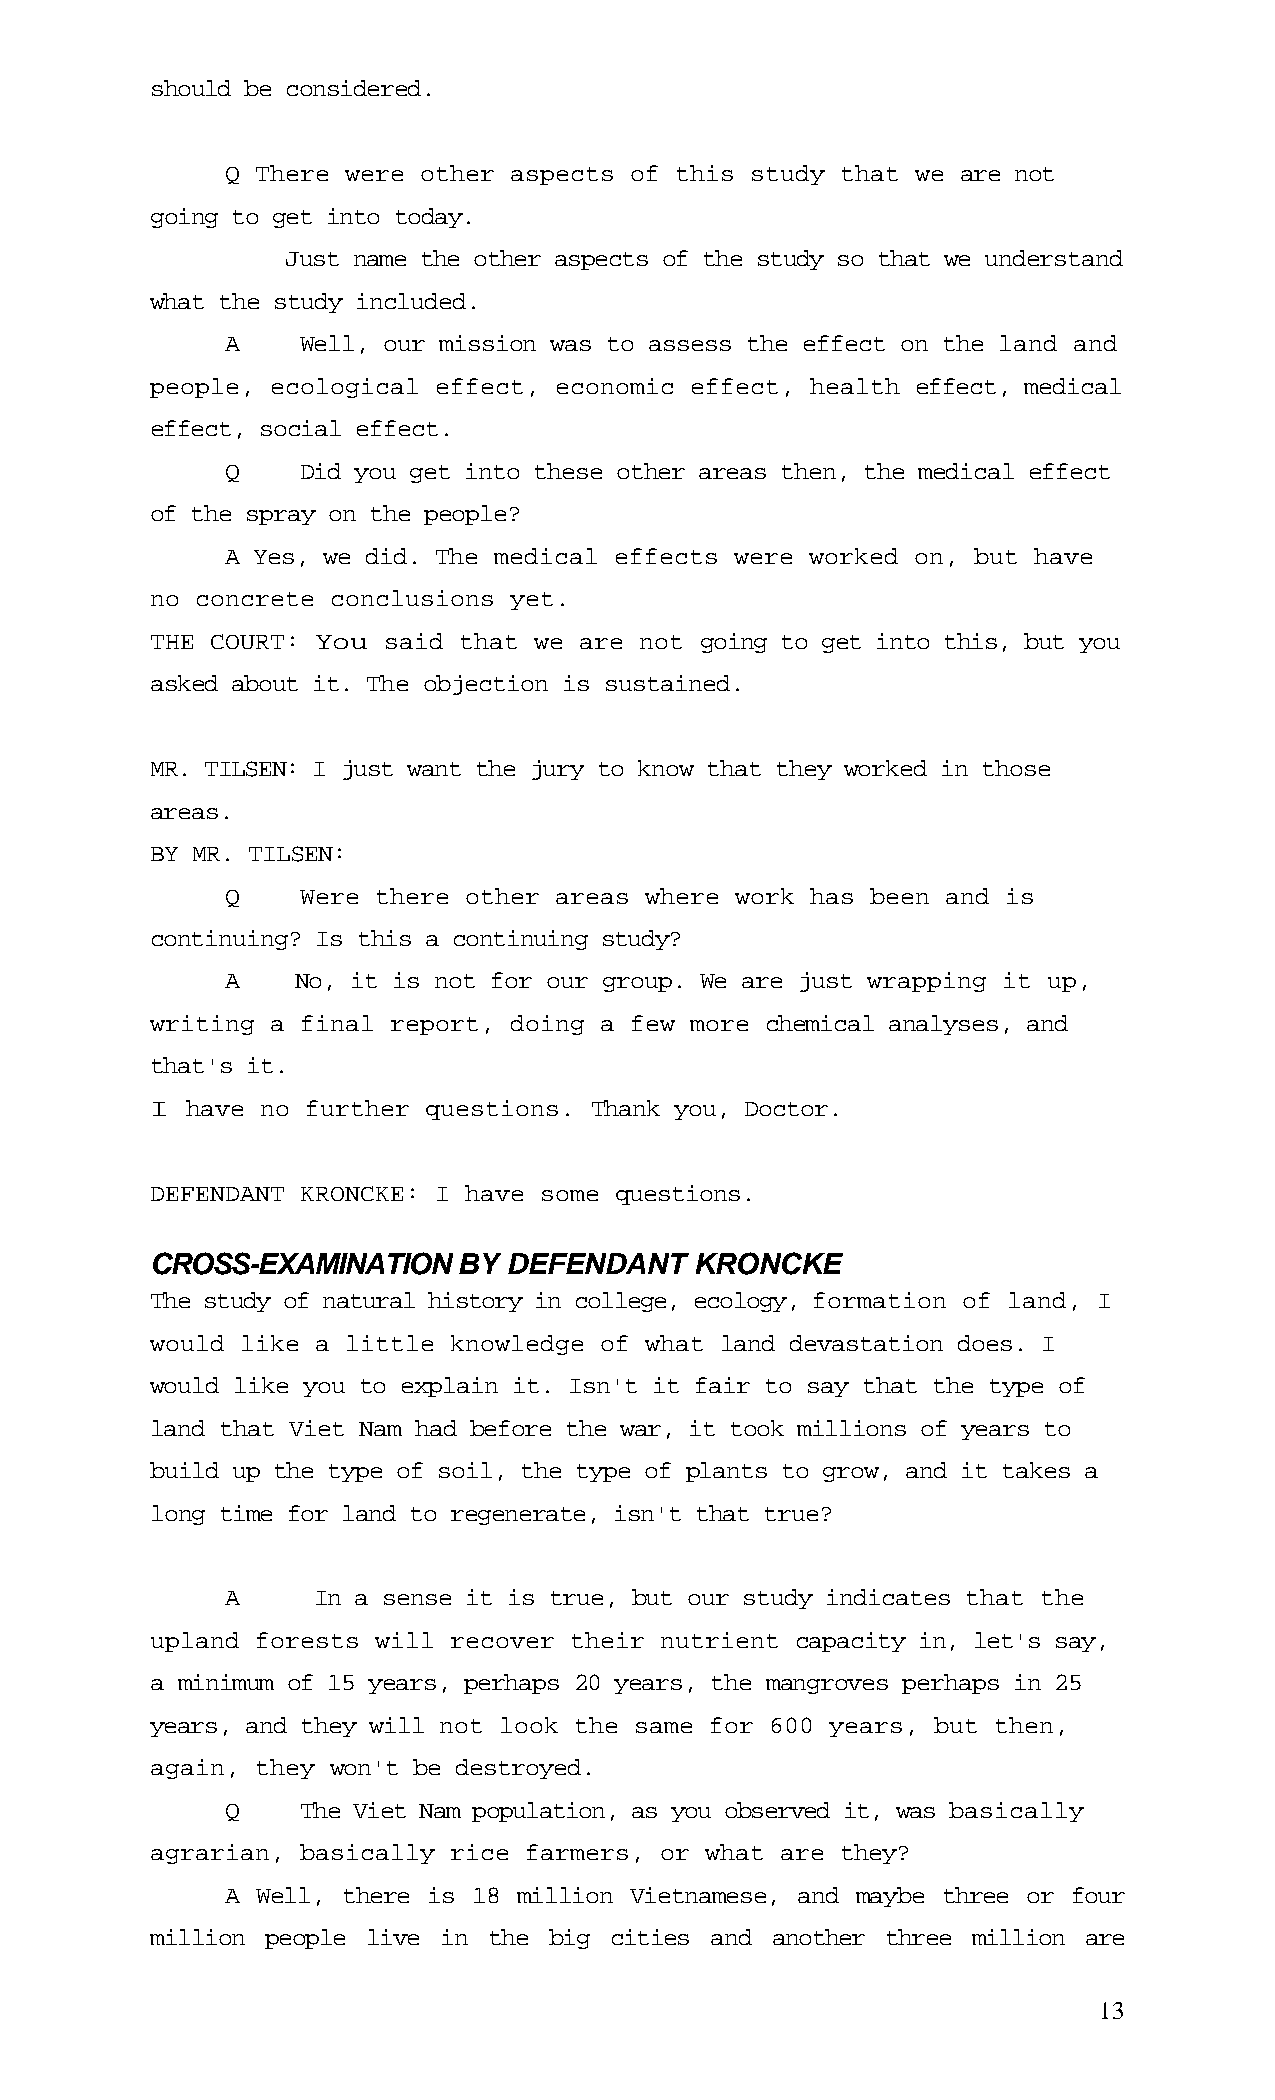
should be considered.
 Q There were other aspects of this study that we are not
 going to get into today.
 Just name the other aspects of the study so that we understand
 what the study included.
 A    Well, our mission was to assess the effect on the land and
 people, ecological effect, economic effect, health effect, medical
 effect, social effect.
 Q    Did you get into these other areas then, the medical effect
 of the spray on the people?
 A Yes, we did. The medical effects were worked on, but have
 no concrete conclusions yet.
 THE COURT: You said that we are not going to get into this, but you
 asked about it. The objection is sustained.
 MR. TILSEN: I just want the jury to know that they worked in those
 areas.
 BY MR. TILSEN:
 Q    Were there other areas where work has been and is
 continuing? Is this a continuing study?
 A    No, it is not for our group. We are just wrapping it up,
 writing a final report, doing a few more chemical analyses, and
 that's it.
 I have no further questions. Thank you, Doctor.
 DEFENDANT KRONCKE: I have some questions.
 CROSS-EXAMINATIONBY    DEFENDANT    KRONCKE
 The study of natural history in college, ecology, formation of land, I
 would like a little knowledge of what land devastation does. I
 would like you to explain it. Isn't it fair to say that the type of
 land that Viet Nam had before the war, it took millions of years to
 build up the type of soil, the type of plants to grow, and it takes a
 long time for land to regenerate, isn't that true?
 A     In a sense it is true, but our study indicates that the
 upland forests will recover their nutrient capacity in, let's say,
 a minimum of 15 years, perhaps 20 years, the mangroves perhaps in 25
 years, and they will not look the same for 600 years, but then,
 again, they won't be destroyed.
 Q    The Viet Nam population, as you observed it, was basically
 agrarian, basically rice farmers, or what are they?
 A Well, there is 18 million Vietnamese, and maybe three or four
 million people live in the big cities and another three million are
 13